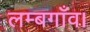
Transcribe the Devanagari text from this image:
लम्बगाँव।